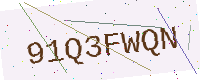
Text: 91Q3FWQN